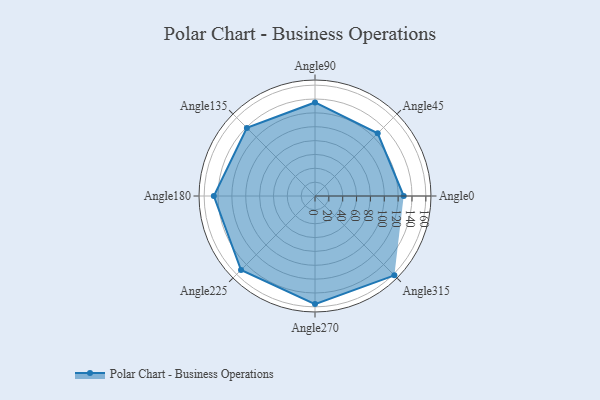
{"axis": {"x": "Angle", "y": "Radius"}, "legend": [""], "data": [{"x": "Angle0", "y": 128.0, "type": ""}, {"x": "Angle45", "y": 128.0, "type": ""}, {"x": "Angle90", "y": 135.0, "type": ""}, {"x": "Angle135", "y": 139.0, "type": ""}, {"x": "Angle180", "y": 146.0, "type": ""}, {"x": "Angle225", "y": 151.0, "type": ""}, {"x": "Angle270", "y": 156.0, "type": ""}, {"x": "Angle315", "y": 162.0, "type": ""}]}